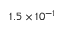
1 . 5 \times 1 0 ^ { - 1 }